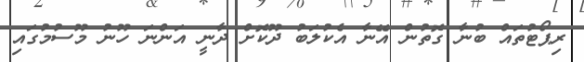
ރިޕޯޓުތައް ބުނާ ގޮތުން އޭނާ އެކުލަބު ދޫކޮށް ދާނީ އަންނަ ހޫނު މޫސުމުގައި